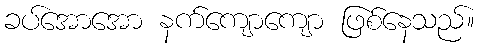
ခပ်အောအော နက်ကျောကျော ဖြစ်နေသည်။